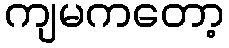
ကျမကတော့